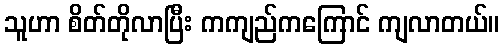
သူဟာ စိတ်တိုလာပြီး ကကျည်ကကြောင် ကျလာတယ်။